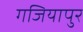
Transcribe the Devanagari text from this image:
गजियापुर